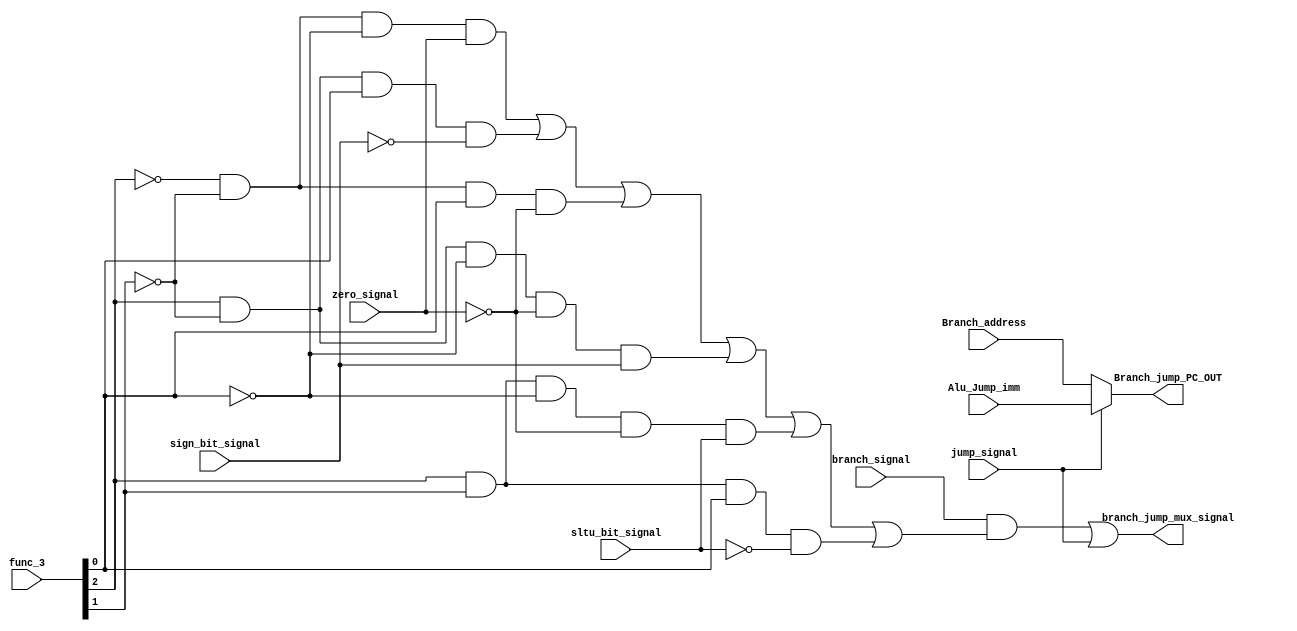
// `timescale  1ns/100ps

module Branch_jump_controller (
    Branch_address,
    Alu_Jump_imm,
    func_3,
    branch_signal,
    jump_signal,
    zero_signal,
    sign_bit_signal,
    sltu_bit_signal,
    Branch_jump_PC_OUT,
    branch_jump_mux_signal
);

input [31:0] Branch_address,Alu_Jump_imm;
input [2:0] func_3;
input branch_signal,jump_signal,zero_signal,sign_bit_signal,sltu_bit_signal;

output reg branch_jump_mux_signal;
output reg [31:0] Branch_jump_PC_OUT;

wire beq,bge,bne,blt,bltu,bgeu;

assign  beq= (~func_3[2]) & (~func_3[1]) &  (~func_3[0]) & zero_signal;
assign  bne= (~func_3[2]) & (~func_3[1]) &  (func_3[0]) & (~zero_signal);
assign  bge= (func_3[2]) & (~func_3[1]) &  (func_3[0]) & (~sign_bit_signal);
assign  blt= (func_3[2]) & (~func_3[1]) &  (~func_3[0]) & (~zero_signal) & sign_bit_signal;
assign  bltu= (func_3[2]) & (func_3[1]) &  (~func_3[0]) & (~zero_signal) & sltu_bit_signal;
assign  bgeu= (func_3[2]) & (func_3[1]) &  (func_3[0]) & (~sltu_bit_signal);

always @(*)begin
    branch_jump_mux_signal<=(branch_signal &(beq|bge|bne|blt|bltu|bgeu)) | (jump_signal) | 1'b0;
end

always @(*) begin
                            
    if (jump_signal==1'b1) begin
        Branch_jump_PC_OUT<=Alu_Jump_imm;
    end
    else begin
        Branch_jump_PC_OUT<=Branch_address;
    end
end
    
endmodule